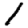
Digit: 1